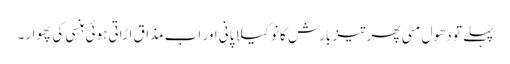
پہلے تو دھول مٹی پھر تیز بارش کا نوکیلا پانی اور اب مذاق اڑاتی ہوئی ہنسی کی پھوار۔